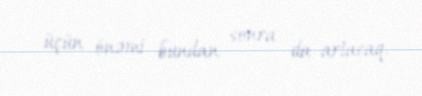
üçün önəmi bundan sonra da artacaq.